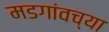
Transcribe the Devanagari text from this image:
मडगांवच्या